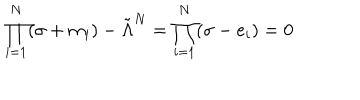
LaTeX: \prod _ { i = 1 } ^ { N } ( \sigma + m _ { i } ) - \tilde { \Lambda } ^ { N } = \prod _ { i = 1 } ^ { N } ( \sigma - e _ { i } ) = 0